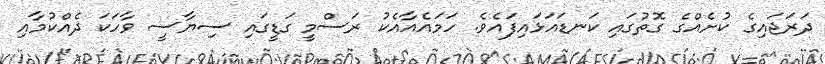
ދަރަޖައިގެ ކުށެއްގެ ގޮތުގައި ކަނޑައަޅައިފައެވެ. ހަމައެއާއެކު ރަސްމީ ގަޑީގައި ސިޔާސީ ވާހަކަ ދެއްކުމާއި